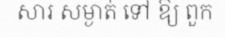
សារ សម្ងាត់ ទៅ ឱ្យ ពួក